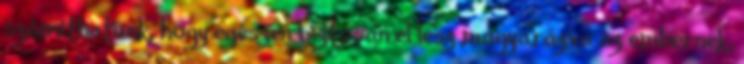
számíthatunk, hogy egészen biztosan el lesz magyarázva az embernek,